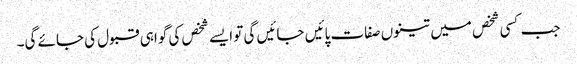
جب کسی شخص میں تینوں صفات پائیں جائیں گی تو ایسے شخص کی گواہی قبول کی جائے گی۔